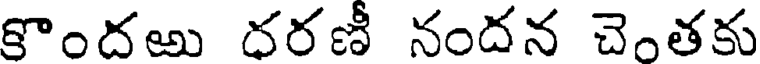
కొందఱు ధరణీ నందన చెంతకు